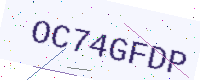
Text: OC74GFDP